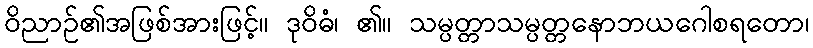
ဝိညာဉ်၏အဖြစ်အားဖြင့်။ ဒုဝိဓံ၊ ၏။ သမ္ပတ္တာသမ္ပတ္တနောဘယဂေါစရတော၊